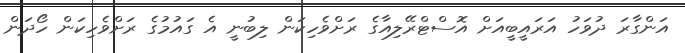
އަންގާރަ ދުވަހު އަރައީބީއަށް އޮސްޓްރޭލިއާގެ ރަށްވެހިކަން ލިބުނީ އެ ގައުމުގެ ރަށްވެހިކަން ހޯދަން